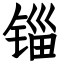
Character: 锱